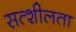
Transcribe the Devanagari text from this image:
सत्शीलता